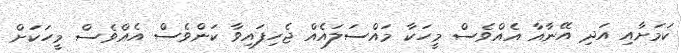
ކަމަށާއި އަދި އޭނާއާ އެެއްވެސް މީހަކާ މައްސަލައެެއް ޖެހިފައިވާ ކަންވެސް އެއްވެސް މީހަކަށް